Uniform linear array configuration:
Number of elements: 48
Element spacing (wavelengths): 1
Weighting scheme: kaiser
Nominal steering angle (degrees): -45
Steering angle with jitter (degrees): -46.839
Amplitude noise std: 0.05
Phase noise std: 0.05

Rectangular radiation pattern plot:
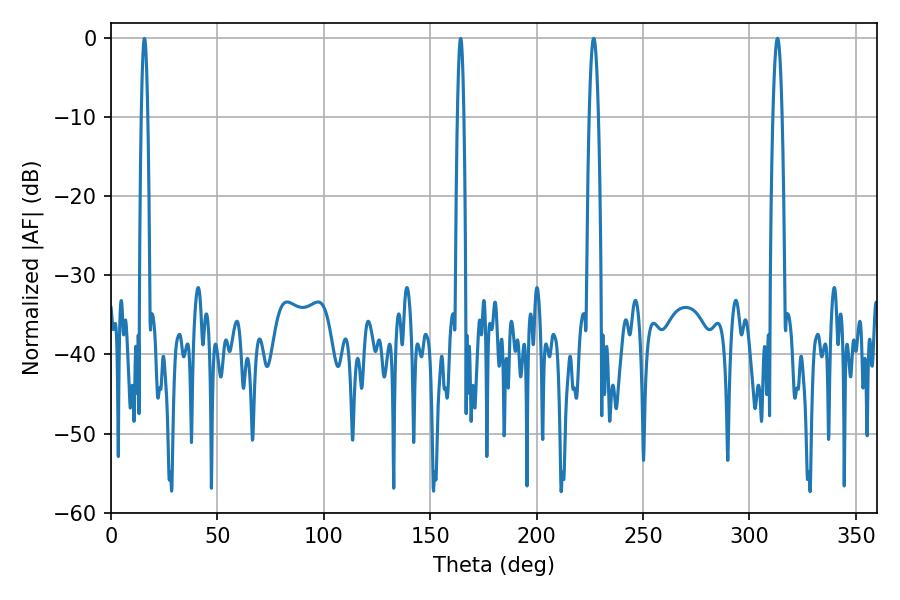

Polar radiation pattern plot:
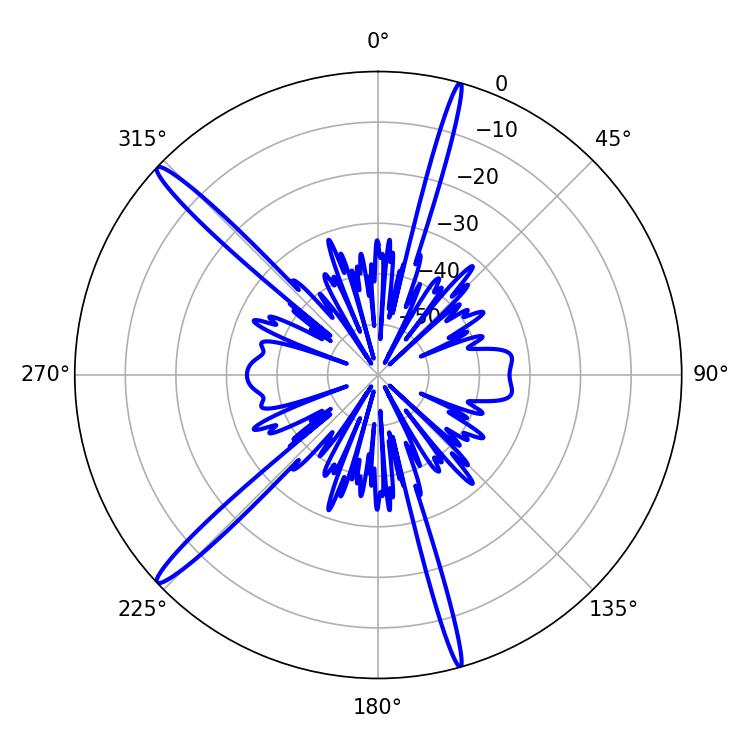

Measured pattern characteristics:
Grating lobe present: TRUE
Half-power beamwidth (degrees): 2.34
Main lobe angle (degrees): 226.8